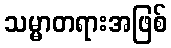
သမ္မာတရားအဖြစ်